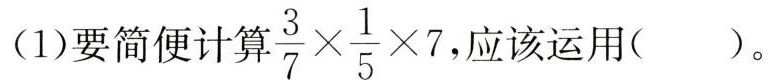
(1)要简便计算$$\frac { 3 } { 7 } \times \frac { 1 } { 5 } \times 7$$ 应该运用( )。